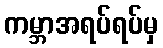
ကမ္ဘာအရပ်ရပ်မှ